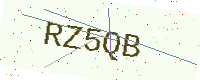
Text: RZ5QB